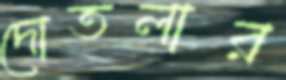
দোতলার